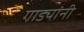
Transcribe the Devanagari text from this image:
गाड्यांनी